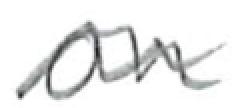
Text: on
Cross-out: wave
Writing tool: pencil